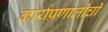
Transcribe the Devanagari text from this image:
कार्यप्रणालीची